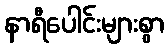
နာရီပေါင်းများစွာ